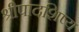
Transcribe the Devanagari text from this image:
श्रीपादशिष्य